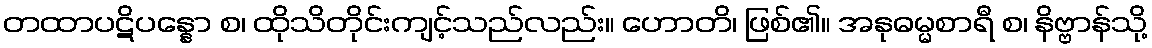
တထာပဋိပန္နော စ၊ ထိုသိတိုင်းကျင့်သည်လည်း။ ဟောတိ၊ ဖြစ်၏။ အနုဓမ္မစာရီ စ၊ နိဗ္ဗာန်သို့